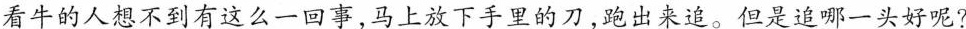
看牛的人想不到有这么一回事，马上放下手里的刀，跑出来追。但是追哪一头好呢?